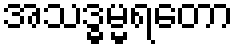
အသဒ္ဓမ္မရတော